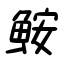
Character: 鮟